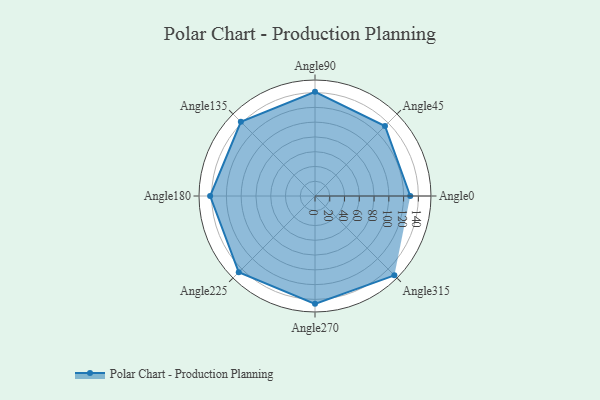
{"axis": {"x": "Angle", "y": "Radius"}, "legend": [""], "data": [{"x": "Angle0", "y": 129.0, "type": ""}, {"x": "Angle45", "y": 134.0, "type": ""}, {"x": "Angle90", "y": 141.0, "type": ""}, {"x": "Angle135", "y": 142.0, "type": ""}, {"x": "Angle180", "y": 142.0, "type": ""}, {"x": "Angle225", "y": 146.0, "type": ""}, {"x": "Angle270", "y": 146.0, "type": ""}, {"x": "Angle315", "y": 152.0, "type": ""}]}